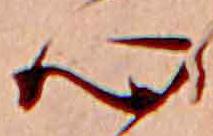
心